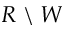
R \; \backslash \; W